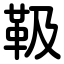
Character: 靸